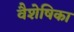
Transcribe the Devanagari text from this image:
वैशेषिका